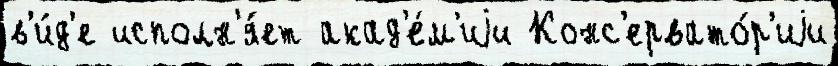
в'и́д'е исполн'я́ет акад'е́м'иjи Конс'ервато́р'иjи